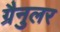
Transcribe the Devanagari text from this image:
ग्रैनुलर